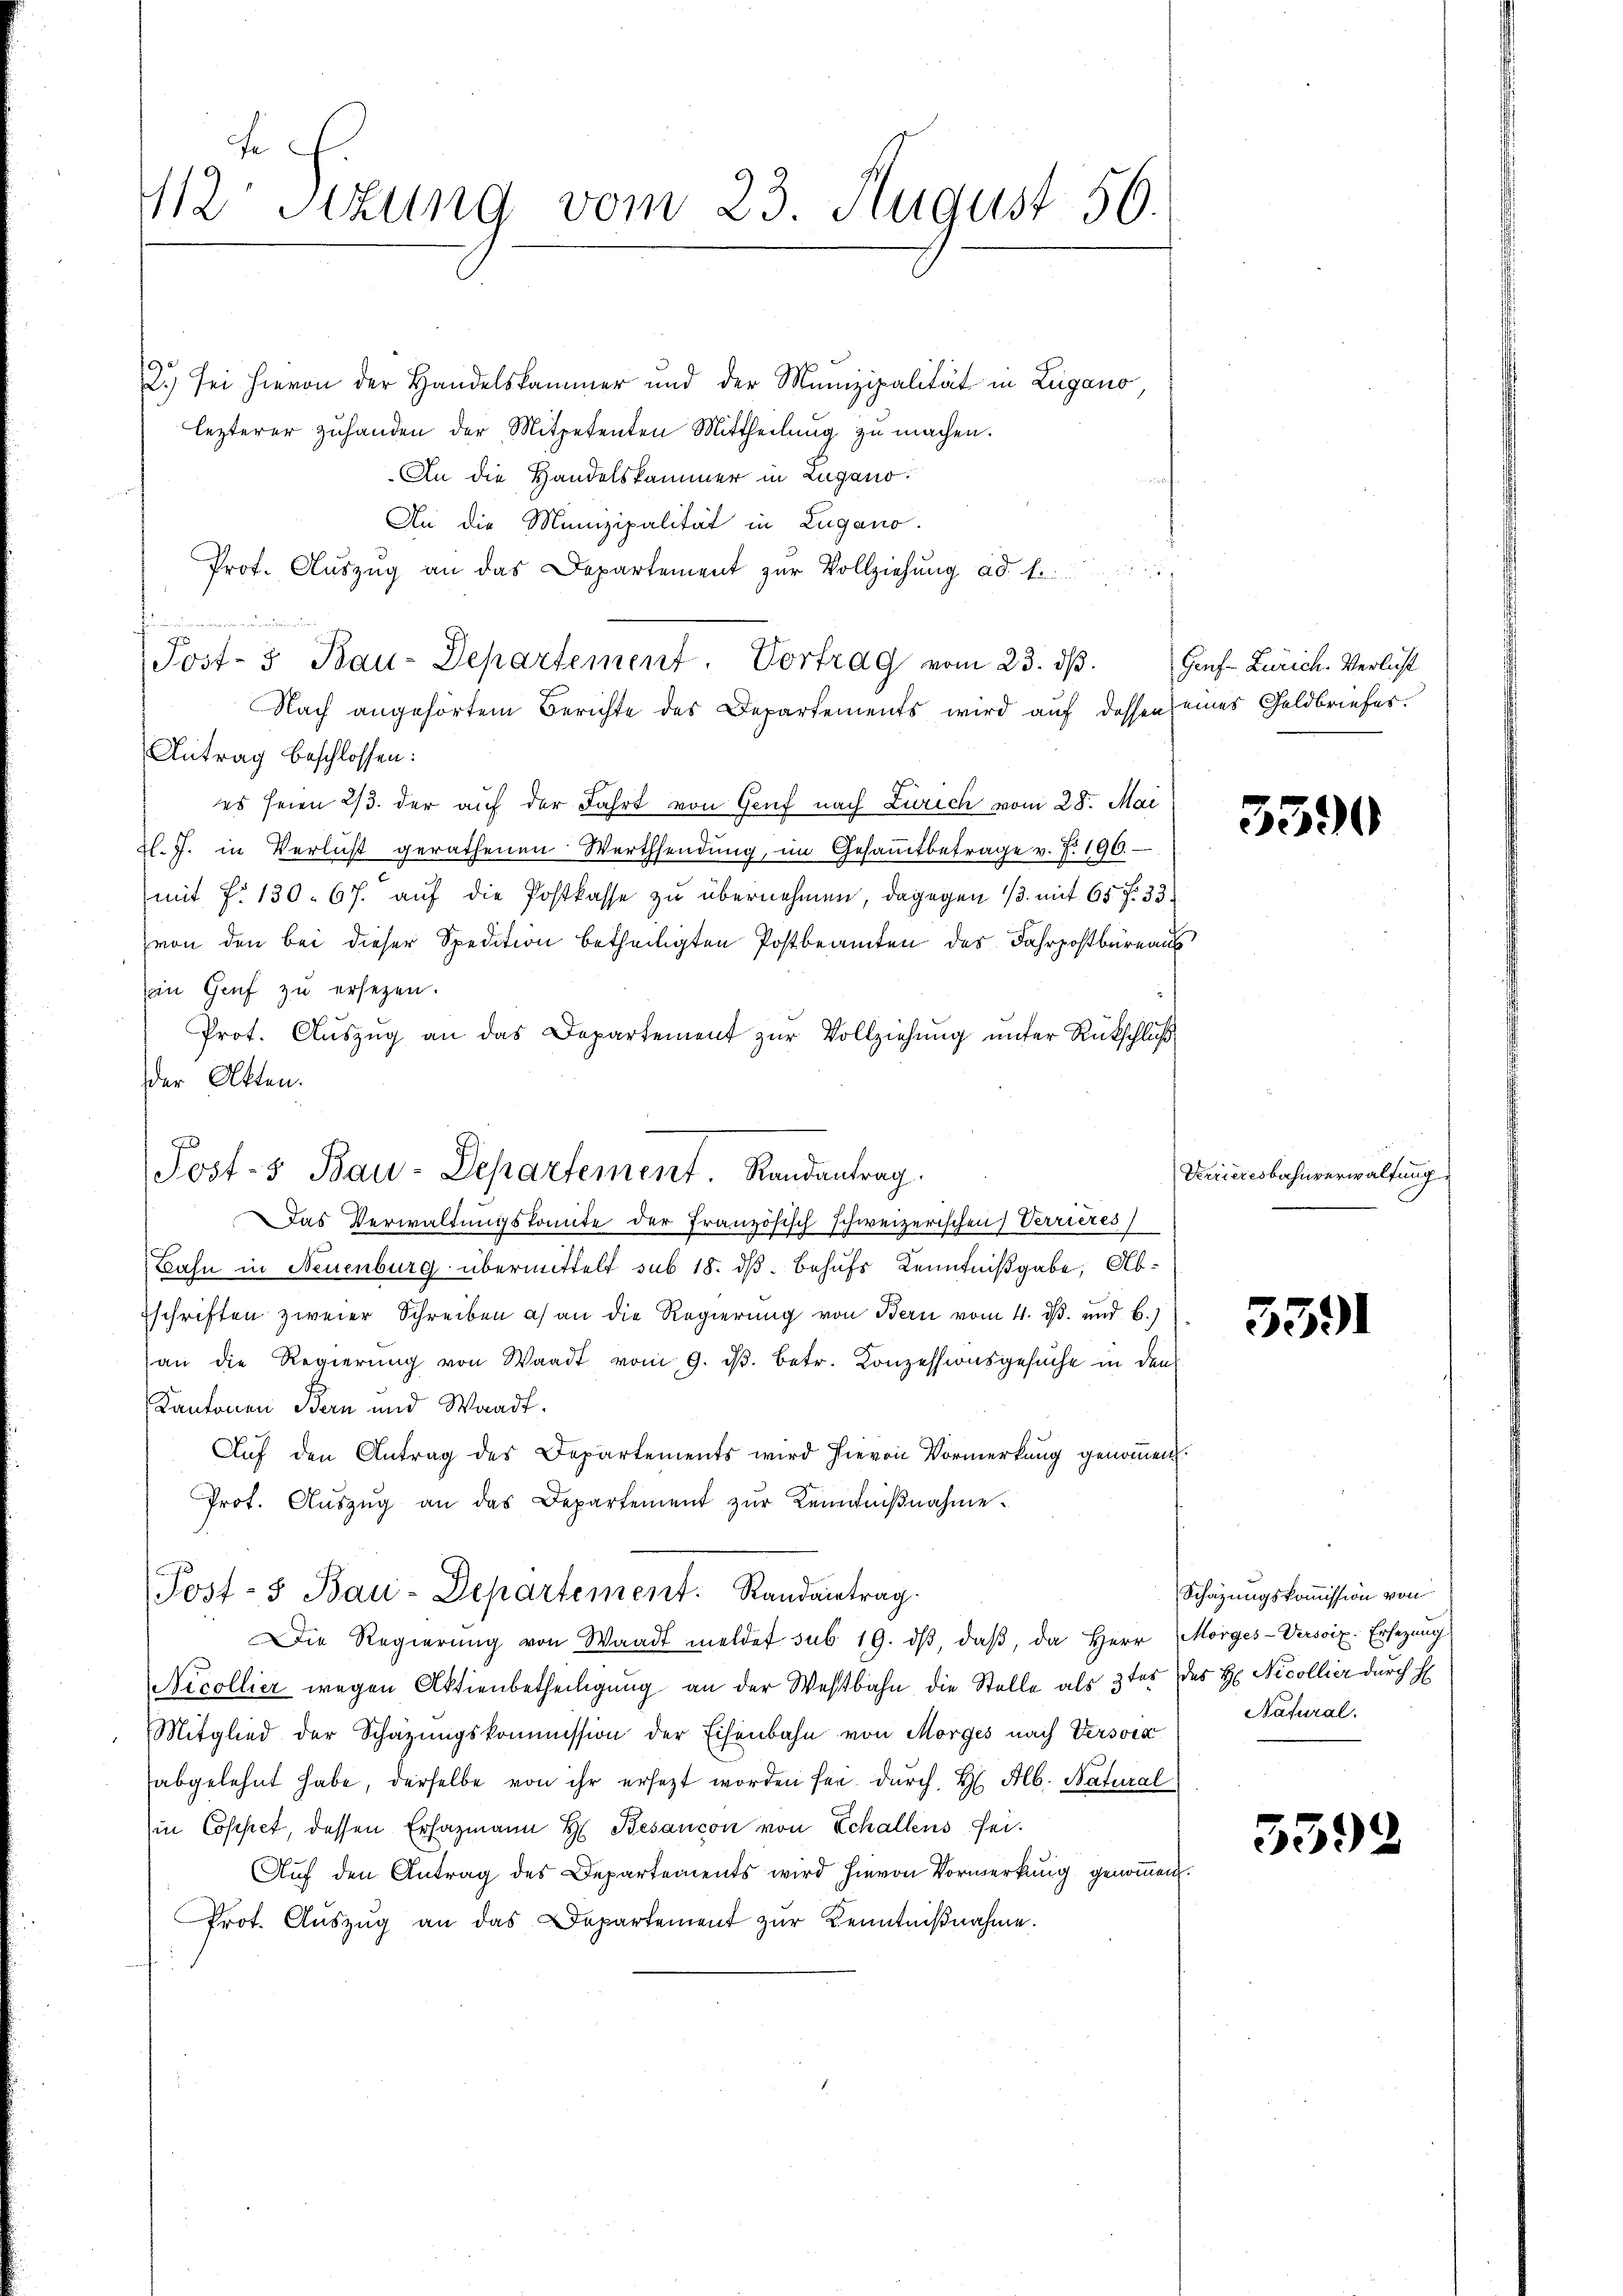
112 Sizung vom 23. August 56.

2.) sei hievon der Handelskammer und der Munizipalität in Zugano,
lezterer zuhanden der Mitpetenten Mittheilung zu machen.
An die Handelskammer in Zugano.
An die Munizipalität in Lugano.
Prof. Aŭszŭg an das Departement zur Vollziehung ad 1.

75
Post- 3 Bau-Departement. Vortrag vom 23. dβ.
Nach angehörtem Berichte des Departements wird auf dessen eines Geldbriefes.
Antrag beschlossen:
es seien 2/3. der auf der Fahrt von Genf nach Zürich vom 28. Mai
d. J. in Verlust gerathenen Werthsendŭng, im Gesamtbetrage v. J. 190.
mit No 130. 67. auf die Postkasse zu übernehmen, dagegen 1/3. mit 65 f. 33.
von den bei dieser Spedition betheiligten Postbeamten des Fahrpostbüreaus
Ein Genf zu ersetzen.
Prot. Aŭszŭg an das Departement zŭr Vollziehŭng ŭnter Rückschluß
der Akten.
Das Verwaltungskomite der Französisch schweizerischen Verrieres
Bahn in Neuenburg übermittelt sub 18. dß. Behufs Kenntnißgabe, Abschriften zweier Schreiben a) an die Regierung von Bern vom 4. d. und b.)
an die Regierŭng von Waadt vom 9. dβ. betr. Konzessionsgesuche in den
Kantonen Bern und Waadt.
Auf den Antrag des Departements wird hievon Vormerkung genommen.
Prot. Aŭszŭg an das Departement zŭr Kenntniβnahme.
Post- u Bau-Departement. Randantrag.
Die Regierŭng von Waadt meldet sub 19. dβ, daβ, da Herr Morges-Verscip. Ersezung
Nicollier wegen Aktienbetheiligung an der Westbahn die Stelle als 3ter des H. Nicollier durch H
Mitglied der Schazungskommission der Eisenbahn von Morges nach Versona
abgelehnt habe, derselbe von ihr ersezt worden sei, durch H. Alb. Natural
in Coppet, dessen Ersazmann H. Besancon von Echallens sei.
Auf den Antrag des Departements wird hievon Vormerkung genommen.
Prot. Aŭszŭg an das Departement zŭr Kenntniβnahme.

Post- & Bau-Departement. Randantrag.

Geuf-Zürich. Verlicht

3390

Verrieresbahnverwaltung

5391

Schazungskommission von
Natural.

539